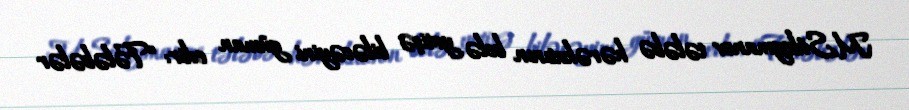
M.Süleymanov tələbə hərəkatının belə yetişə biləcəyini güman edir: “Tələbələr